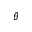
\bar { \theta }